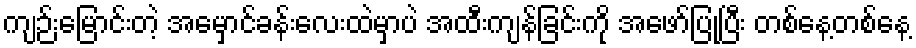
ကျဉ်းမြောင်းတဲ့ အမှောင်ခန်းလေးထဲမှာပဲ အထီးကျန်ခြင်းကို အဖော်ပြုပြီး တစ်နေ့တစ်နေ့